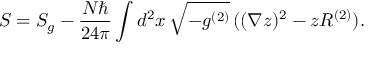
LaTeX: S = S _ { g } - \frac { N \hbar } { 2 4 \pi } \int d ^ { 2 } x \, \sqrt { - g ^ { ( 2 ) } } \, ( ( \nabla z ) ^ { 2 } - z R ^ { ( 2 ) } ) .